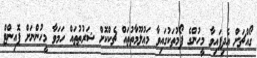
ގޯއްޗަށް އެދިފައިވާ މީހުންގެ ފޯމުތަކުގައިވާ މަޢުލޫމާތުތައް ޗެކްކޮށް ޝަރުޠުތައް ހަމަވާ މީހުންނަށް ޕޮއިންޓް